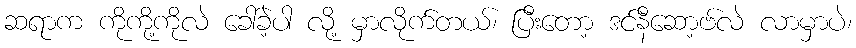
ဆရာက ကိုကို့ကိုလဲ ခေါ်ခဲ့ပါ လို့ မှာလိုက်တယ်၊ ပြီးတော့ ဒင်နီဆော့ဗ်လဲ လာမှာပဲ၊